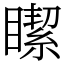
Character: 𥊯